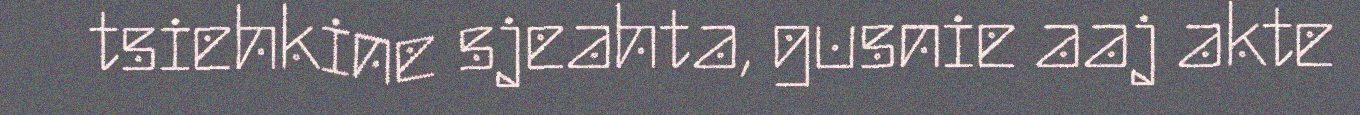
tsiehkine sjeahta, gusnie aaj akte